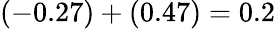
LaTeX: (-0.27)+(0.47)=0.2